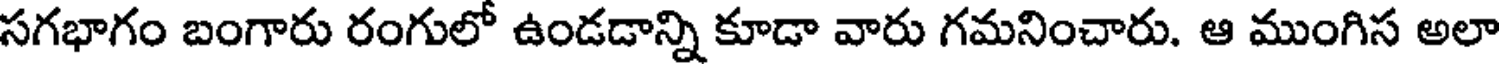
సగభాగం బంగారు రంగులో ఉండడాన్ని కూడా వారు గమనించారు. ఆ ముంగిస అలా